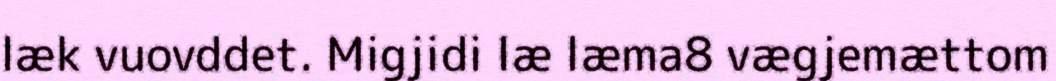
læk vuovddet. Migjidi læ læma8 vægjemættom